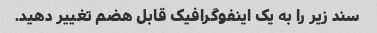
سند زیر را به یک اینفوگرافیک قابل هضم تغییر دهید.